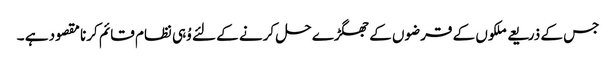
جس کے ذریعے ملکوں کے قرضوں کے جھگڑے حل کرنے کے لئے وُہی نظام قائم کرنا مقصود ہے ۔